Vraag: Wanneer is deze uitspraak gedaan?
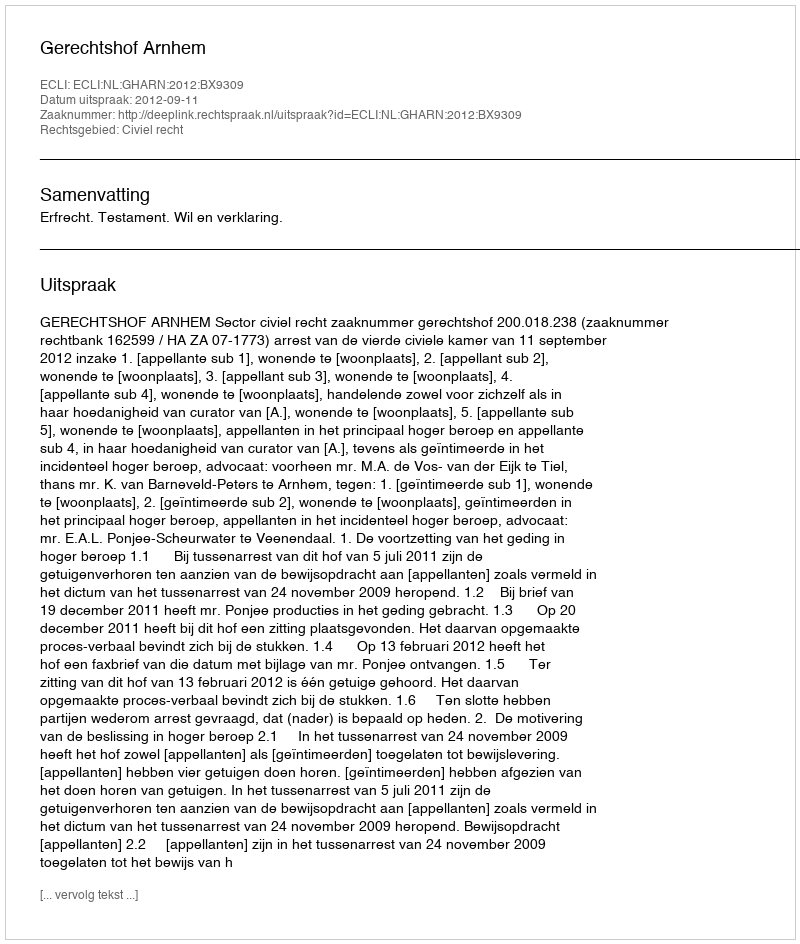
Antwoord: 2012-09-11